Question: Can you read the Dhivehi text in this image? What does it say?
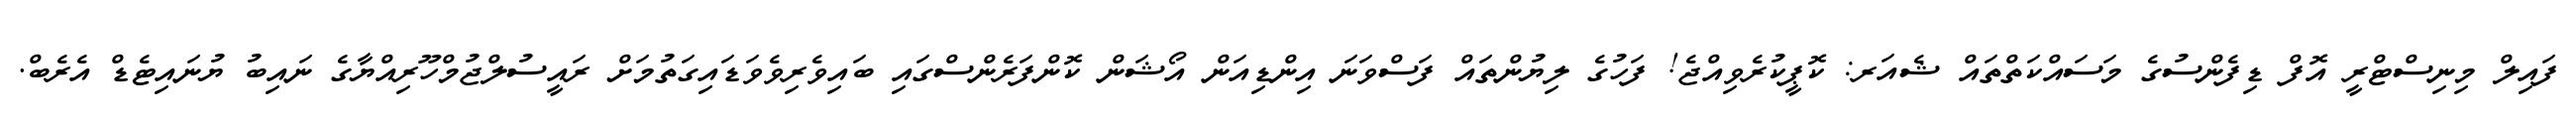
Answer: ފައިލް މިނިސްޓްރީ އޮފް ޑިފެންސުގެ މަސައްކަތްތައް ޝެއަރ: ކޮޕީކުރެވިއްޖެ! ފަހުގެ ލިޔުންތައް ފަސްވަނަ އިންޑިއަން އޯޝަން ކޮންފަރެންސްގައި ބައިވެރިވެވަޑައިގަތުމަށް ރައީސުލްޖުމްހޫރިއްޔާގެ ނައިބު ޔުނައިޓެޑް އެރެބް.